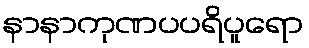
နာနာကုဏပပရိပူရော